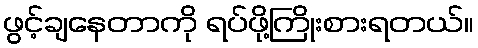
ဖွင့်ချနေတာကို ရပ်ဖို့ကြိုးစားရတယ်။